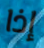
إذا